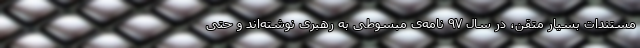
مستندات بسیار متقن، در سال ۹۷ نامه‌ی مبسوطی به رهبری نوشته‌اند و حتی